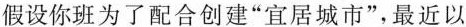
假设你班为了配合创建“宜居城市”，最近以